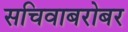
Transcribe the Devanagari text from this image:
सचिवाबरोबर